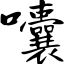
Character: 囔